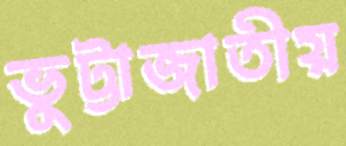
ভুট্টাজাতীয়